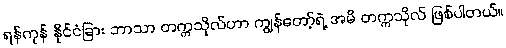
ရန်ကုန် နိုင်ငံခြား ဘာသာ တက္ကသိုလ်ဟာ ကျွန်တော့်ရဲ့ အမိ တက္ကသိုလ် ဖြစ်ပါတယ်။